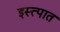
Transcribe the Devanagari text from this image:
इस्त्पात